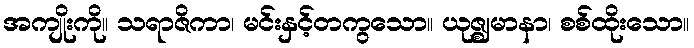
အကျိုးကို။ သရာဇိကာ၊ မင်းနှင့်တကွသော။ ယုဇ္ဈမာနာ၊ စစ်ထိုးသော။